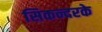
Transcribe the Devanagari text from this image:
सिकन्दरके